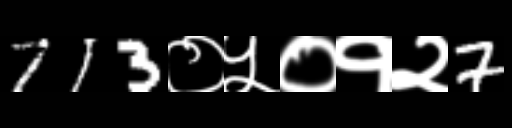
Text: 713०५०१२7